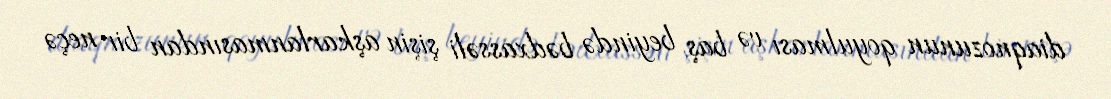
diaqnozunun qoyulması və baş beyində bədxassəli şişin aşkarlanmasından bir neçə